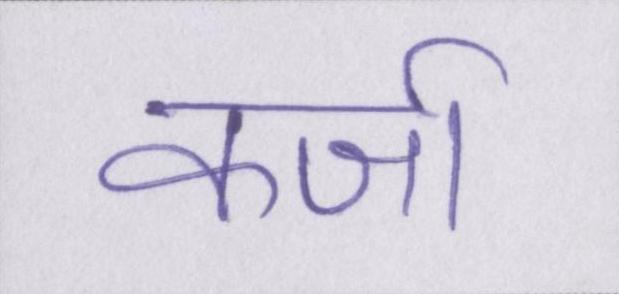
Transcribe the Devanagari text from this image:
कर्जा